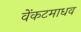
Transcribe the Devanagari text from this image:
वेंकटमाधव